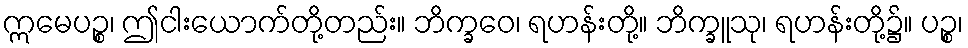
ဣမေပဉ္စ၊ ဤငါးယောက်တို့တည်း။ ဘိက္ခဝေ၊ ရဟန်းတို့။ ဘိက္ခူသု၊ ရဟန်းတို့၌။ ပဉ္စ၊